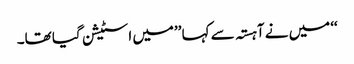
‘‘ میں نے آہستہ سے کہا ’’میں اسٹیشن گیا تھا۔